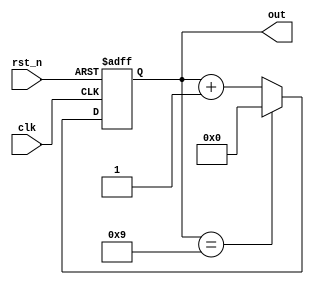
`timescale 1ns / 1ps
//////////////////////////////////////////////////////////////////////////////////
// Company: 
// Engineer: 
// 
// Design Name: 
// Module Name: BCDcnt
// Project Name: 
// Target Devices: 
// Tool Versions: 
// Description: 
// 
// Dependencies: 
// 
// Revision:
// Revision 0.01 - File Created
// Additional Comments:
// 
//////////////////////////////////////////////////////////////////////////////////


module BCDcnt(
    input clk,
    input rst_n,
    output reg [3:0]out
    );
    reg [3:0]D_out;
    
    always@*
    if (out==4'd9) D_out = 4'd0;
    else D_out = out + 1;
    
    always@(posedge clk or negedge rst_n)
    if (~rst_n) out <= 4'd0;
    else out <= D_out; 
endmodule